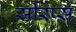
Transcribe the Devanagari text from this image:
सीरप्स